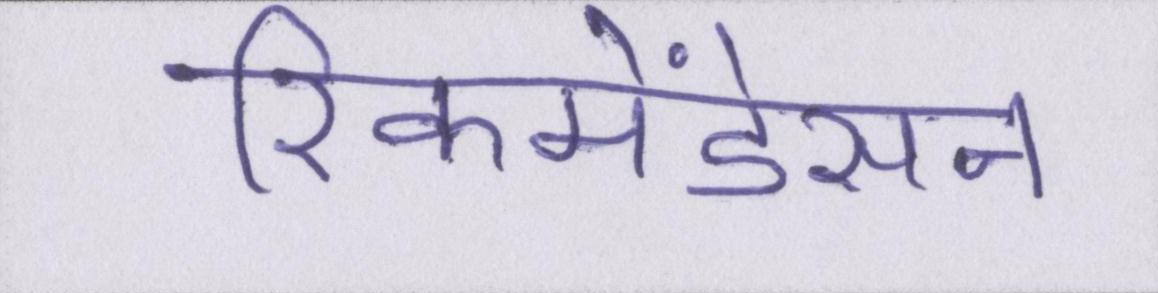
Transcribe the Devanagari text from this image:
रिकमेंडेसन